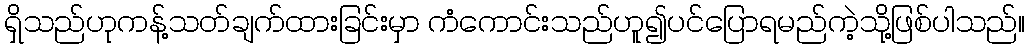
ရှိသည်ဟုကန့်သတ်ချက်ထားခြင်းမှာ ကံကောင်းသည်ဟူ၍ပင်ပြောရမည်ကဲ့သို့ဖြစ်ပါသည်။